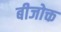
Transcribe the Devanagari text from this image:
बीजोक्त